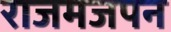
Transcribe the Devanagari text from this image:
राजमजपन